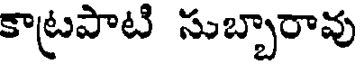
కాట్రపాటి సుబ్బారావు